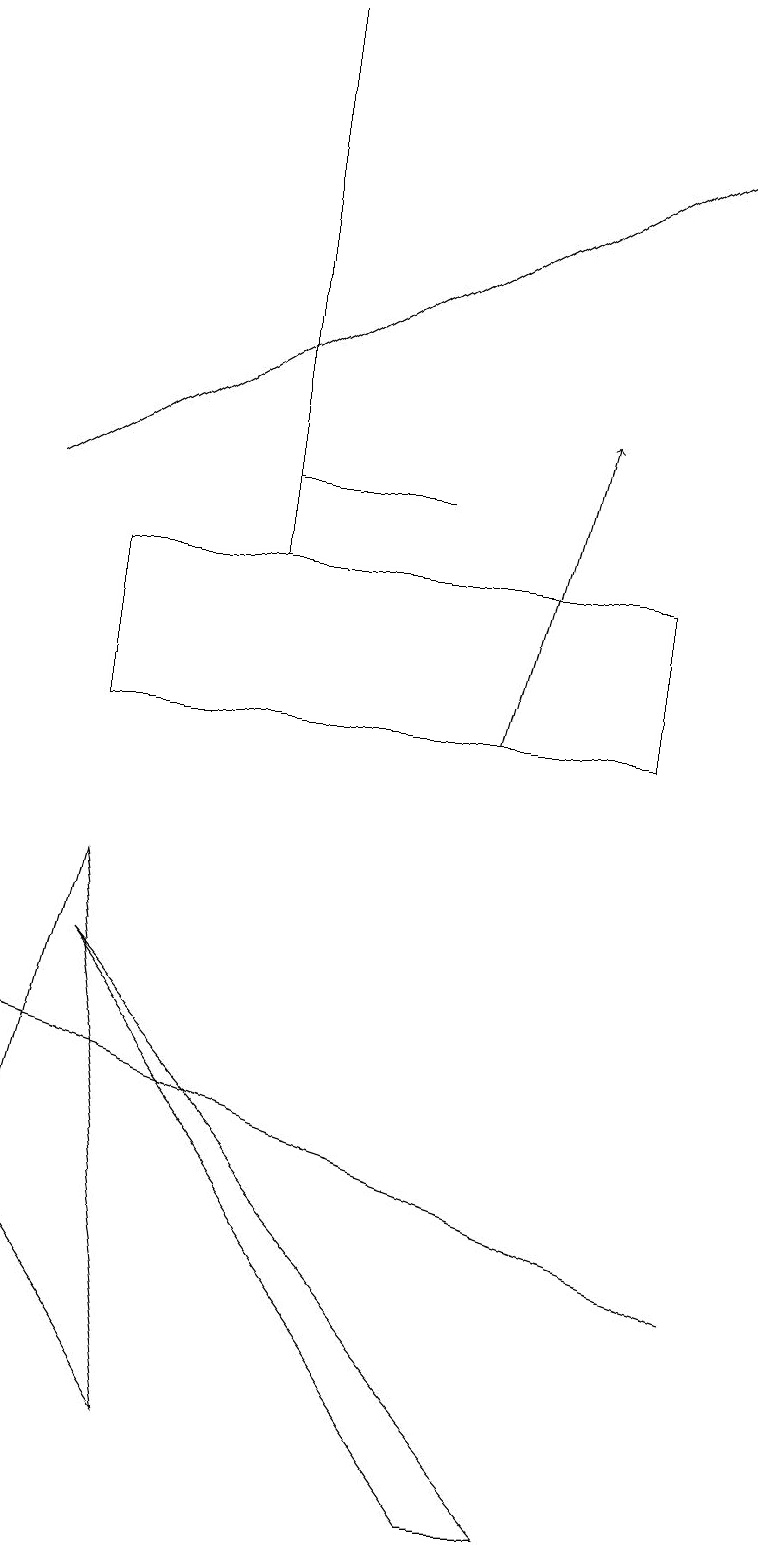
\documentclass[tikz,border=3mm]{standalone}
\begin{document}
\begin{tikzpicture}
\draw (1,8) -- (0,4) -- (2,1) -- cycle;
\draw (0,6) -- (0,6) -- (9,3) -- cycle;
\draw[->] (6,10) -- (7,14);
\draw (3,19) rectangle (3,12);
\draw (8,12) rectangle (1,10);
\draw (7,0) -- (1,7) -- (6,0) -- cycle;
\draw[->] (0,13) -- (9,18);
\draw (3,13) rectangle (5,13);
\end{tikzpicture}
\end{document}